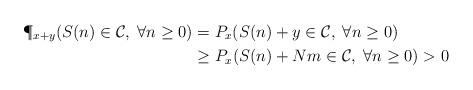
LaTeX: \begin{align*}\P_{x+ y} (S(n) \in {\cal C}, \; \forall n\geq 0) &= P_x( S(n) + y \in {\cal C}, \; \forall n\geq 0) \\ & \geq P_x( S(n) + Nm \in {\cal C}, \; \forall n\geq 0) > 0\end{align*}